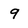
Character: 9